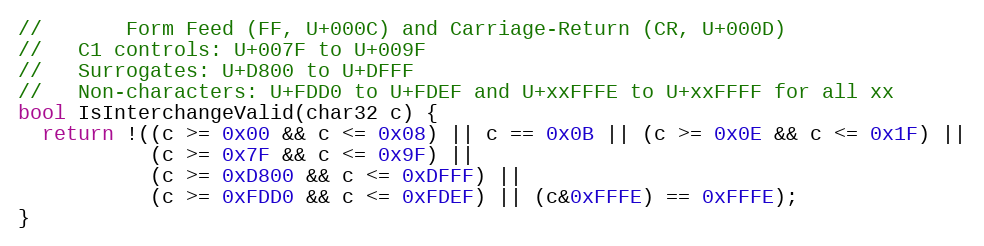
Language: C++
//       Form Feed (FF, U+000C) and Carriage-Return (CR, U+000D)
//   C1 controls: U+007F to U+009F
//   Surrogates: U+D800 to U+DFFF
//   Non-characters: U+FDD0 to U+FDEF and U+xxFFFE to U+xxFFFF for all xx
bool IsInterchangeValid(char32 c) {
  return !((c >= 0x00 && c <= 0x08) || c == 0x0B || (c >= 0x0E && c <= 0x1F) ||
           (c >= 0x7F && c <= 0x9F) ||
           (c >= 0xD800 && c <= 0xDFFF) ||
           (c >= 0xFDD0 && c <= 0xFDEF) || (c&0xFFFE) == 0xFFFE);
}